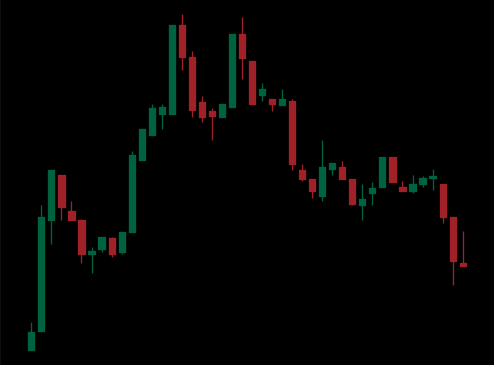
Pattern: head_shoulders